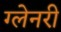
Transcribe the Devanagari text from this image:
ग्‍लेनरी